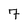
Character: 7